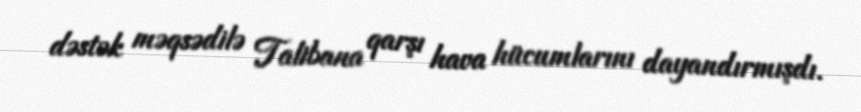
dəstək məqsədilə Talibana qarşı hava hücumlarını dayandırmışdı.